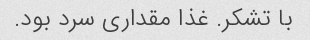
با تشکر. غذا مقداری سرد بود.